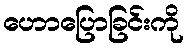
ဟောပြောခြင်းကို